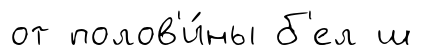
от полов'и́ны б'ел ш